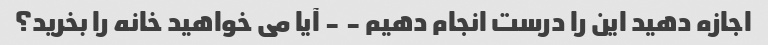
اجازه دهید این را درست انجام دهیم - - آیا می خواهید خانه را بخرید؟